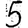
Digit: 5